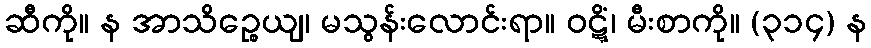
ဆီကို။ န အာသိဉ္စေယျ၊ မသွန်းလောင်းရာ။ ဝဋ္ဋိံ၊ မီးစာကို။ (၃၁၄) န